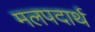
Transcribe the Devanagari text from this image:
मलपदार्थ